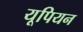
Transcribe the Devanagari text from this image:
यूपियन